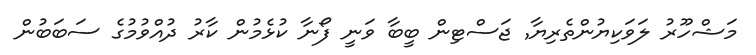
މަޝްހޫރު ލަވަކިޔުންތެރިޔާ